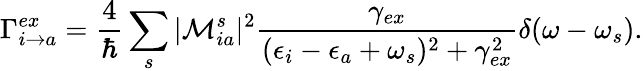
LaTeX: \Gamma_{i\rightarrow a}^{ex}=\frac{4}{\hbar}\sum_{s}|\mathcal{M}_{ia}^{s}|^{2}\frac{\gamma_{ex}}{(\epsilon_{i}-\epsilon_{a}+\omega_{s})^{2}+\gamma_{ex}^{2}}\delta(\omega-\omega_{s}).